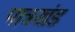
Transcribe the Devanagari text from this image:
पात्रखंड